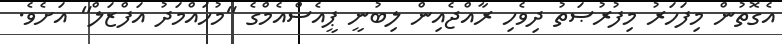
އެގޮތުން މިފަހަރު މިފުރުޞަތު ދިވެހި ރާއްޖެއިން ލިބުނީ ޕީއެސްއެމްގެ "މުހައްމަދު އަފްޒަލް" އަށެވެ.